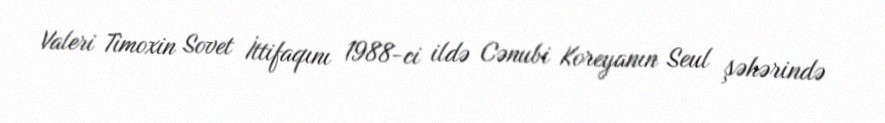
Valeri Timoxin Sovet İttifaqını 1988-ci ildə Cənubi Koreyanın Seul şəhərində